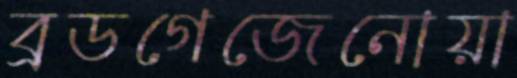
ব্রডগেজেনোয়া